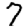
Digit: 7